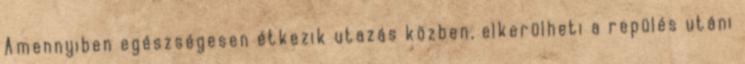
Amennyiben egészségesen étkezik utazás közben, elkerülheti a repülés utáni